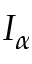
I _ { \alpha }